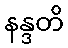
နန္ဒတိ